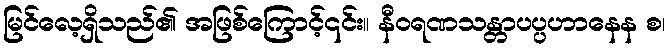
မြင်လေ့ရှိသည်၏ အဖြစ်ကြောင့်၎င်း။ နီဝရဏသန္တာပပ္ပဟာနေန စ၊